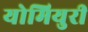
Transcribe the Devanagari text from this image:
योमियुरी